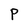
Character: P